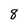
Character: 8